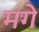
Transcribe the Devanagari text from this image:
मगे